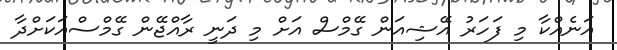
އަނެއްކާ މި ފަހަރު އޭޝިއަން ގޭމްސް އަށް މި ދަނީ ރާއްޖޭން ގޭމްސްއަކަށްދާ